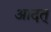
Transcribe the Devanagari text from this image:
आदत्